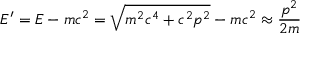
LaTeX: E ^ { \prime } = E - m c ^ { 2 } = { \sqrt { m ^ { 2 } c ^ { 4 } + c ^ { 2 } p ^ { 2 } } } - m c ^ { 2 } \approx { \frac { p ^ { 2 } } { 2 m } }